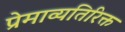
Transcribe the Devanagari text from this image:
प्रेमाव्यतिरिक्त